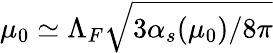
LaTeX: \mu_{0}\simeq\Lambda_{F}\sqrt{3\alpha_{s}(\mu_{0})/8\pi}